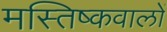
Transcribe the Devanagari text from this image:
मस्तिष्कवालों